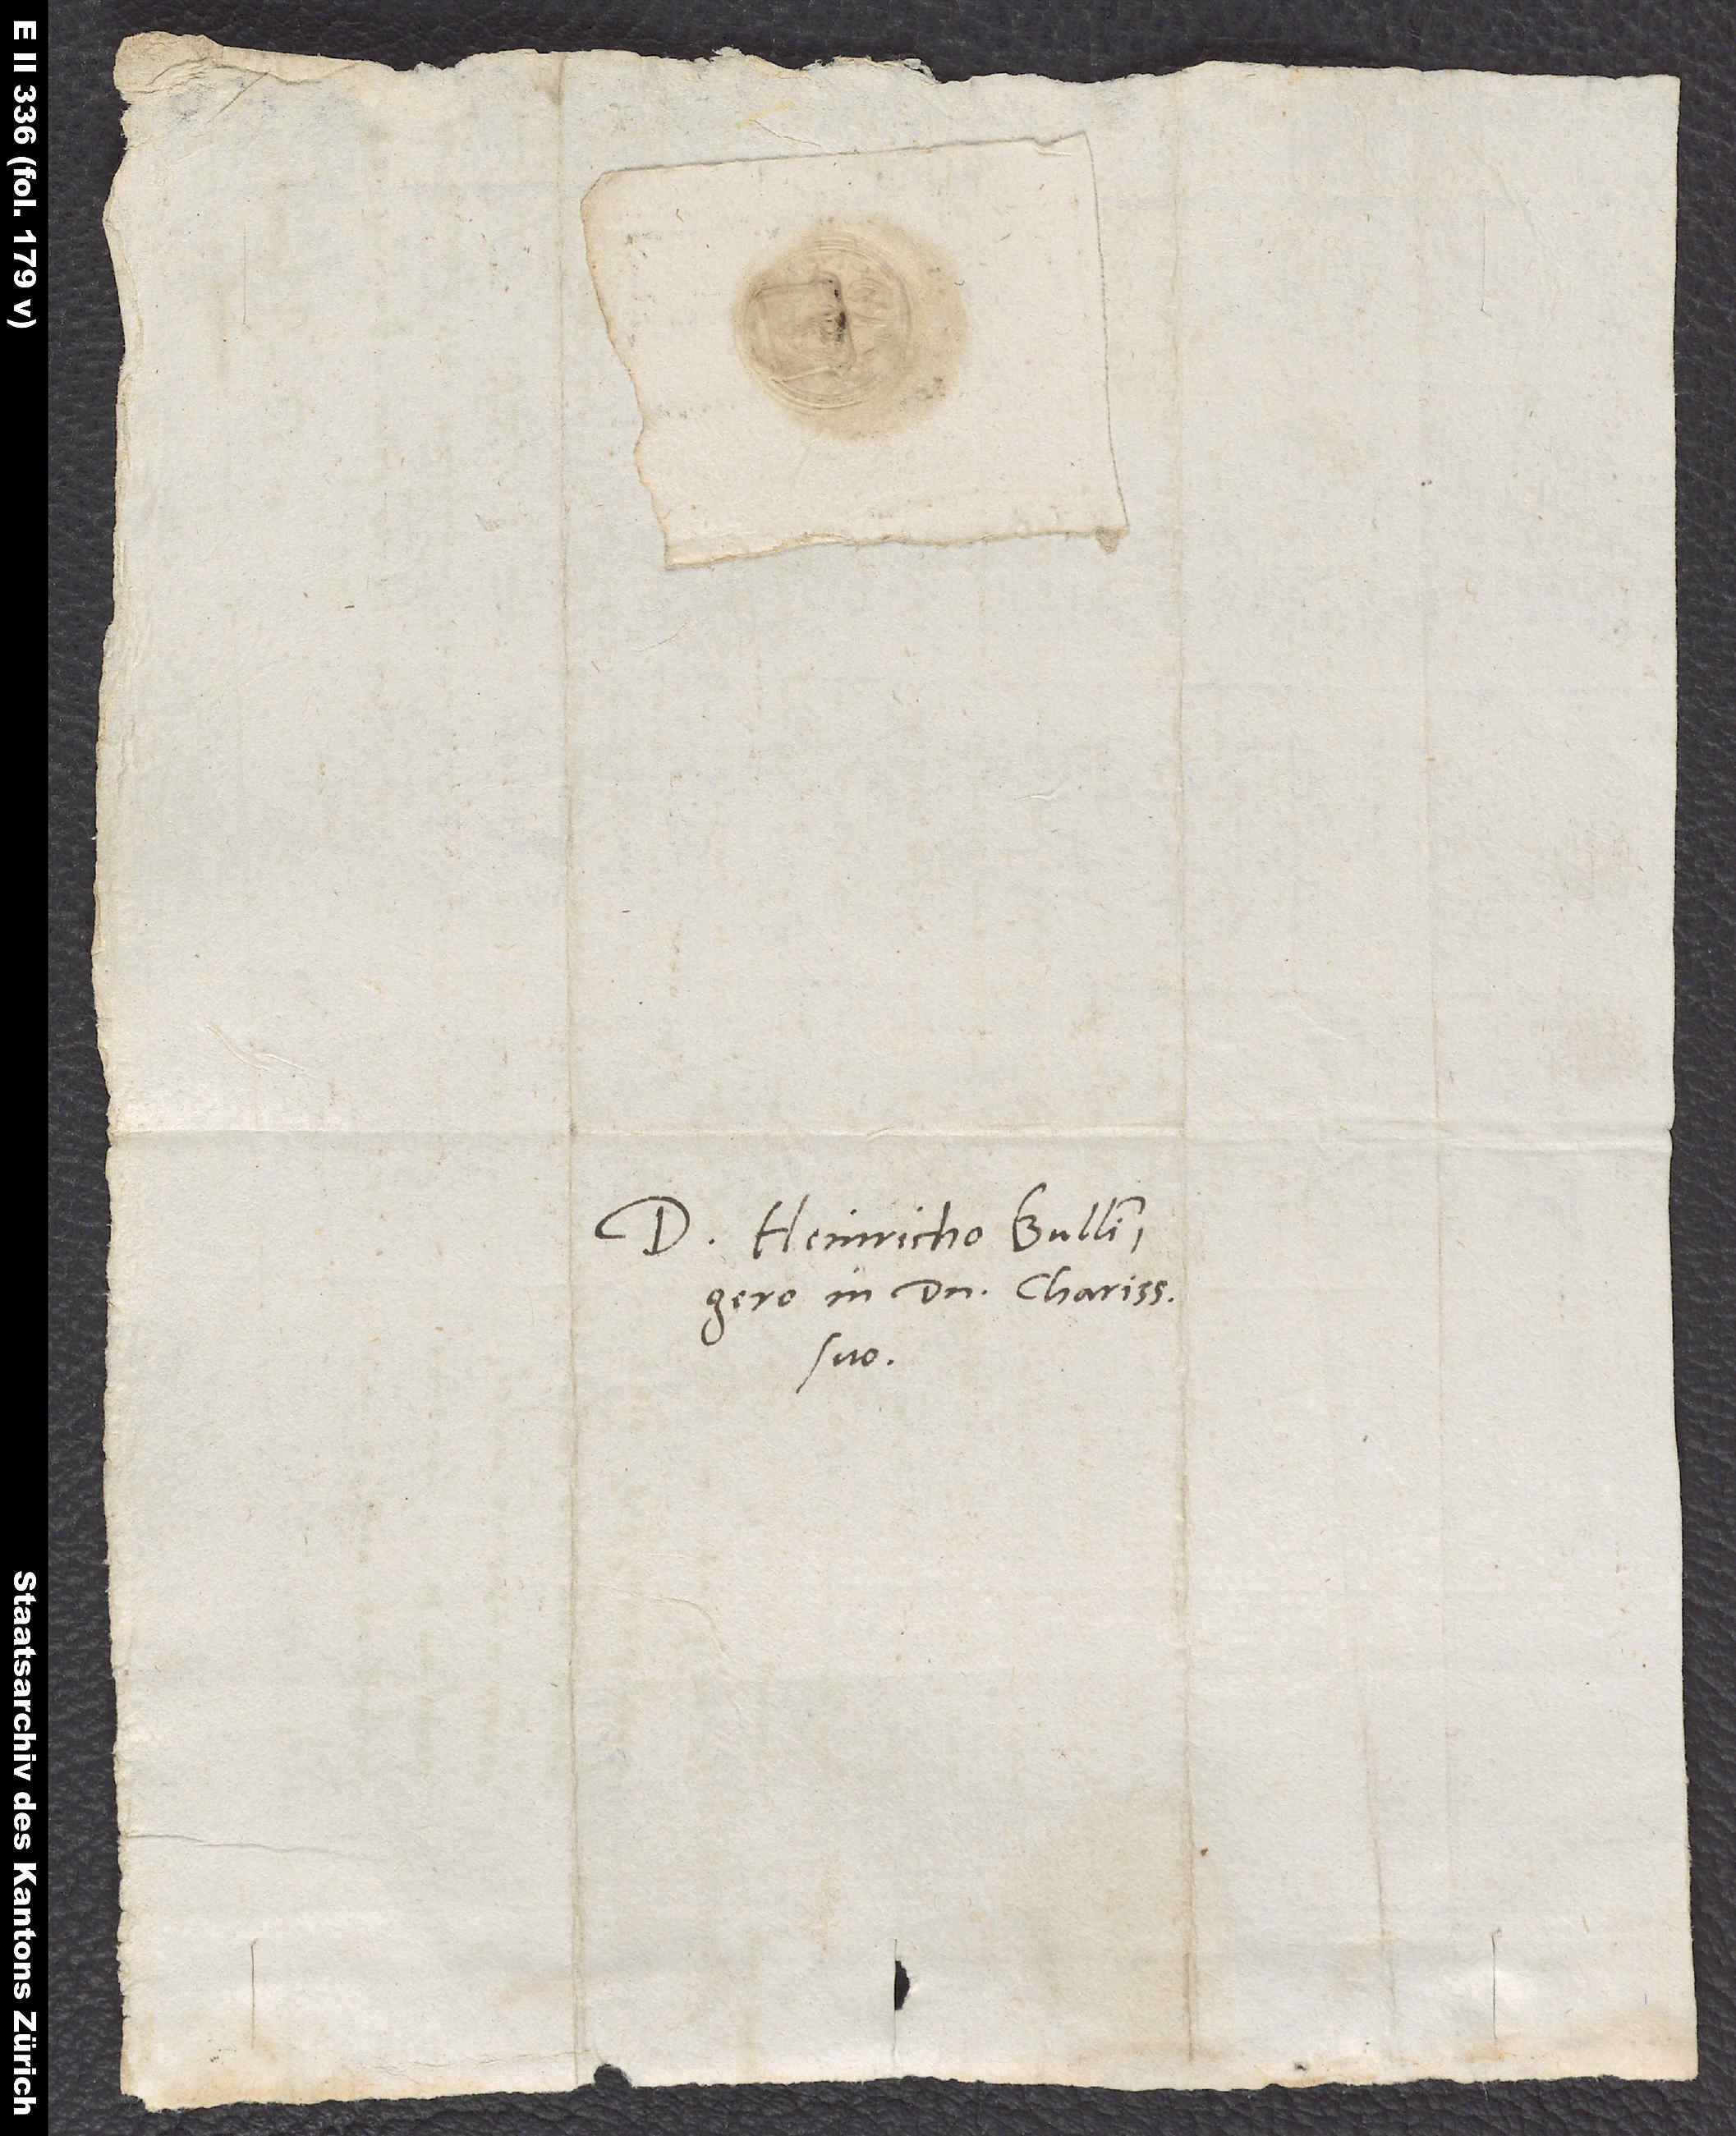
Domino Heinricho Bullingero,
in domino charissimo
suo.